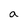
Character: a